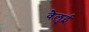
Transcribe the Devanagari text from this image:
वैलुई